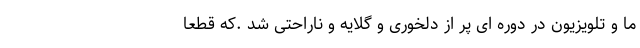
ما و تلویزیون در دوره ای پر از دلخوری و گلایه و ناراحتی شد .که قطعا